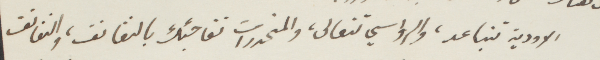
الأودية تتباعد، والرؤسي تتعالى، والمنحدرات تفاجئك بالنفائف، وانفانف